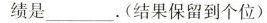
绩是___。(结果保留到个位)